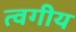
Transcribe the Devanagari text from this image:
त्वगीय